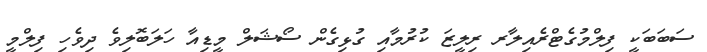
ސަބަބަކީ ފިލްމުގެޓްރެއިލާރ ރިލީޒަ ކުރުމާއި ގުޅިގެން ސޯޝަލް މީޑިއާ ހަލަބޮލިވެ ދިވެހި ފިލްމީ